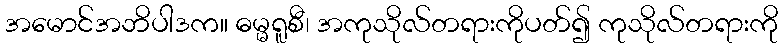
အမောင်အဘိပါဒက။ ဓမ္မရူစီ၊ အကုသိုလ်တရားကိုပတ်၍ ကုသိုလ်တရားကို